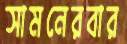
সামনেরবার